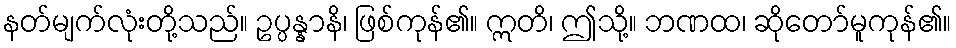
နတ်မျက်လုံးတို့သည်။ ဥပ္ပန္နာနိ၊ ဖြစ်ကုန်၏။ ဣတိ၊ ဤသို့။ ဘဏထ၊ ဆိုတော်မူကုန်၏။